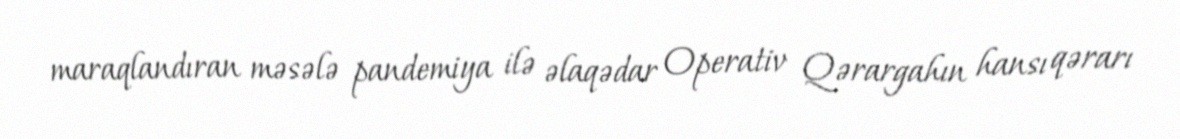
maraqlandıran məsələ pandemiya ilə əlaqədar Operativ Qərargahın hansı qərarı